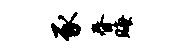
豕春晦